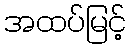
အထပ်မြင့်